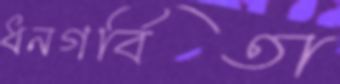
ধনগর্বিতা